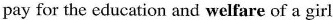
pay for the education and welfare of a girl